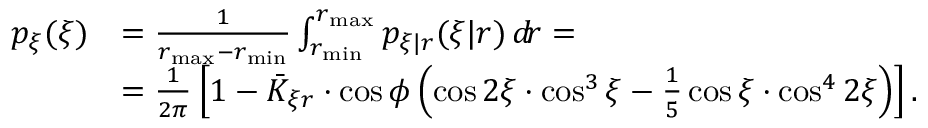
\begin{array} { r l } { p _ { \xi } ( \xi ) } & { = \frac { 1 } { r _ { \mathrm { m a x } } - r _ { \mathrm { m i n } } } \int _ { r _ { \mathrm { m i n } } } ^ { r _ { \mathrm { m a x } } } p _ { \xi | r } ( \xi | r ) \, d \! r = } \\ & { = \frac { 1 } { 2 \pi } \left[ 1 - \bar { K } _ { \xi r } \cdot \cos \phi \left( \cos 2 \xi \cdot \cos ^ { 3 } \xi - \frac { 1 } { 5 } \cos \xi \cdot \cos ^ { 4 } 2 \xi \right) \right] \mathrm { . } } \end{array}